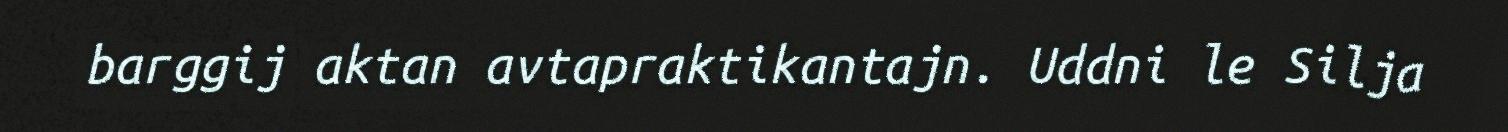
barggij aktan avtapraktikantajn. Uddni le Silja